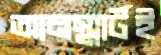
আনস্মার্টই